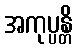
အကုပ္ပန္တိ